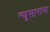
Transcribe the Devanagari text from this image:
न्यूसारामा